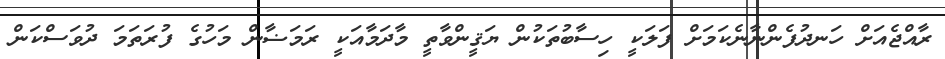
ރާއްޖެއަށް ހަނދުފެންނާނެކަމަށް ފަލަކީ ހިސާބުތަކުން ޔަޤީންވާތީ މާދަމާއަކީ ރަމަޟާން މަހުގެ ފުރަތަމަ ދުވަސްކަން